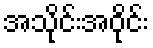
အသိုင်းအဝိုင်း